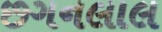
છગનલાલ